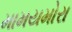
મામયમોરા